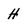
Character: H